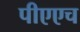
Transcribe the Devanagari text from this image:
पीएएच